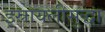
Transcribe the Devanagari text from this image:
इस्रायलीसुद्धा